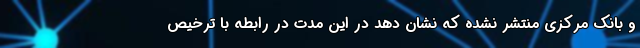
و بانک مرکزی منتشر نشده که نشان دهد در این مدت در رابطه با ترخیص